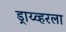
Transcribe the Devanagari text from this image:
ड्राय्व्हरला